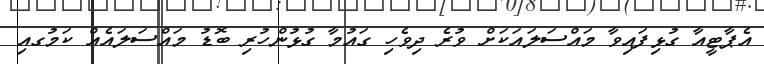
އެޕާޓީއާ ގުޅިފައިވާ މައްސަލައަކަށް ވުރެ ދިވެހި ގައުމާ ގުޅުންހުރި ބޮޑު މައްސަލައެއް ކަމުގއި